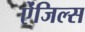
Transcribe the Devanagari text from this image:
ऐंजिल्‍स